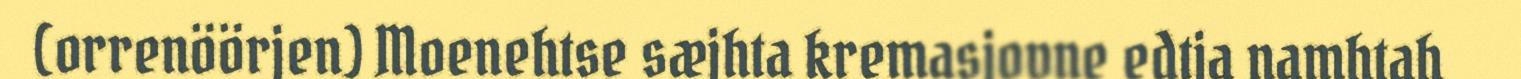
(orrenöörjen) Moenehtse sæjhta kremasjovne edtja namhtah